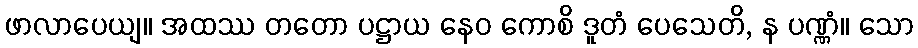
ဖာလာပေယျ။ အထဿ တတော ပဋ္ဌာယ နေဝ ကောစိ ဒူတံ ပေသေတိ, န ပဏ္ဏံ။ သော